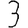
Digit: 3